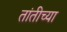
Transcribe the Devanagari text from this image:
तांतीच्या